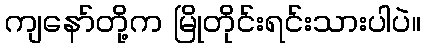
ကျနော်တို့က မြိုတိုင်းရင်းသားပါပဲ။